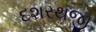
દશરથજી